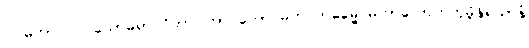
၁၊ မဟာဝဂ္ဂ ပယောဓရာ ဝိဘာဂါဘာဝတော မဟဂ္ဂတဓမ္မေ မဟာလောဟကုမ္ဘိနိရယာနံ